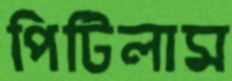
পিটিলাম